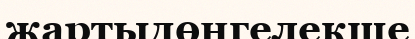
жартыдөңгелекше